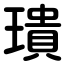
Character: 璝